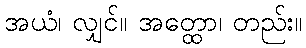
အယံ၊ လျှင်။ အတ္ထော၊ တည်း။